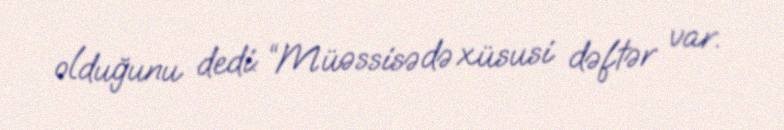
olduğunu dedi: “Müəssisədə xüsusi dəftər var.